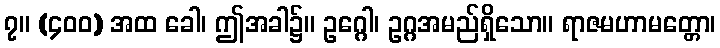
၇။ (၄၀၀) အထ ခေါ၊ ဤအခါ၌။ ဥဂ္ဂေါ၊ ဥဂ္ဂအမည်ရှိသော။ ရာဇမဟာမတ္တော၊